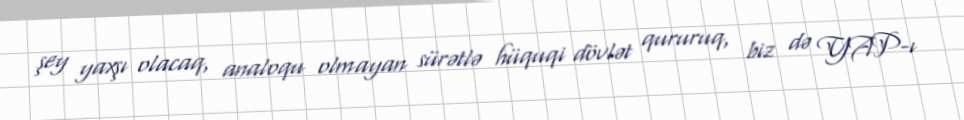
şey yaxşı olacaq, analoqu olmayan sürətlə hüquqi dövlət qururuq, biz də YAP-ı